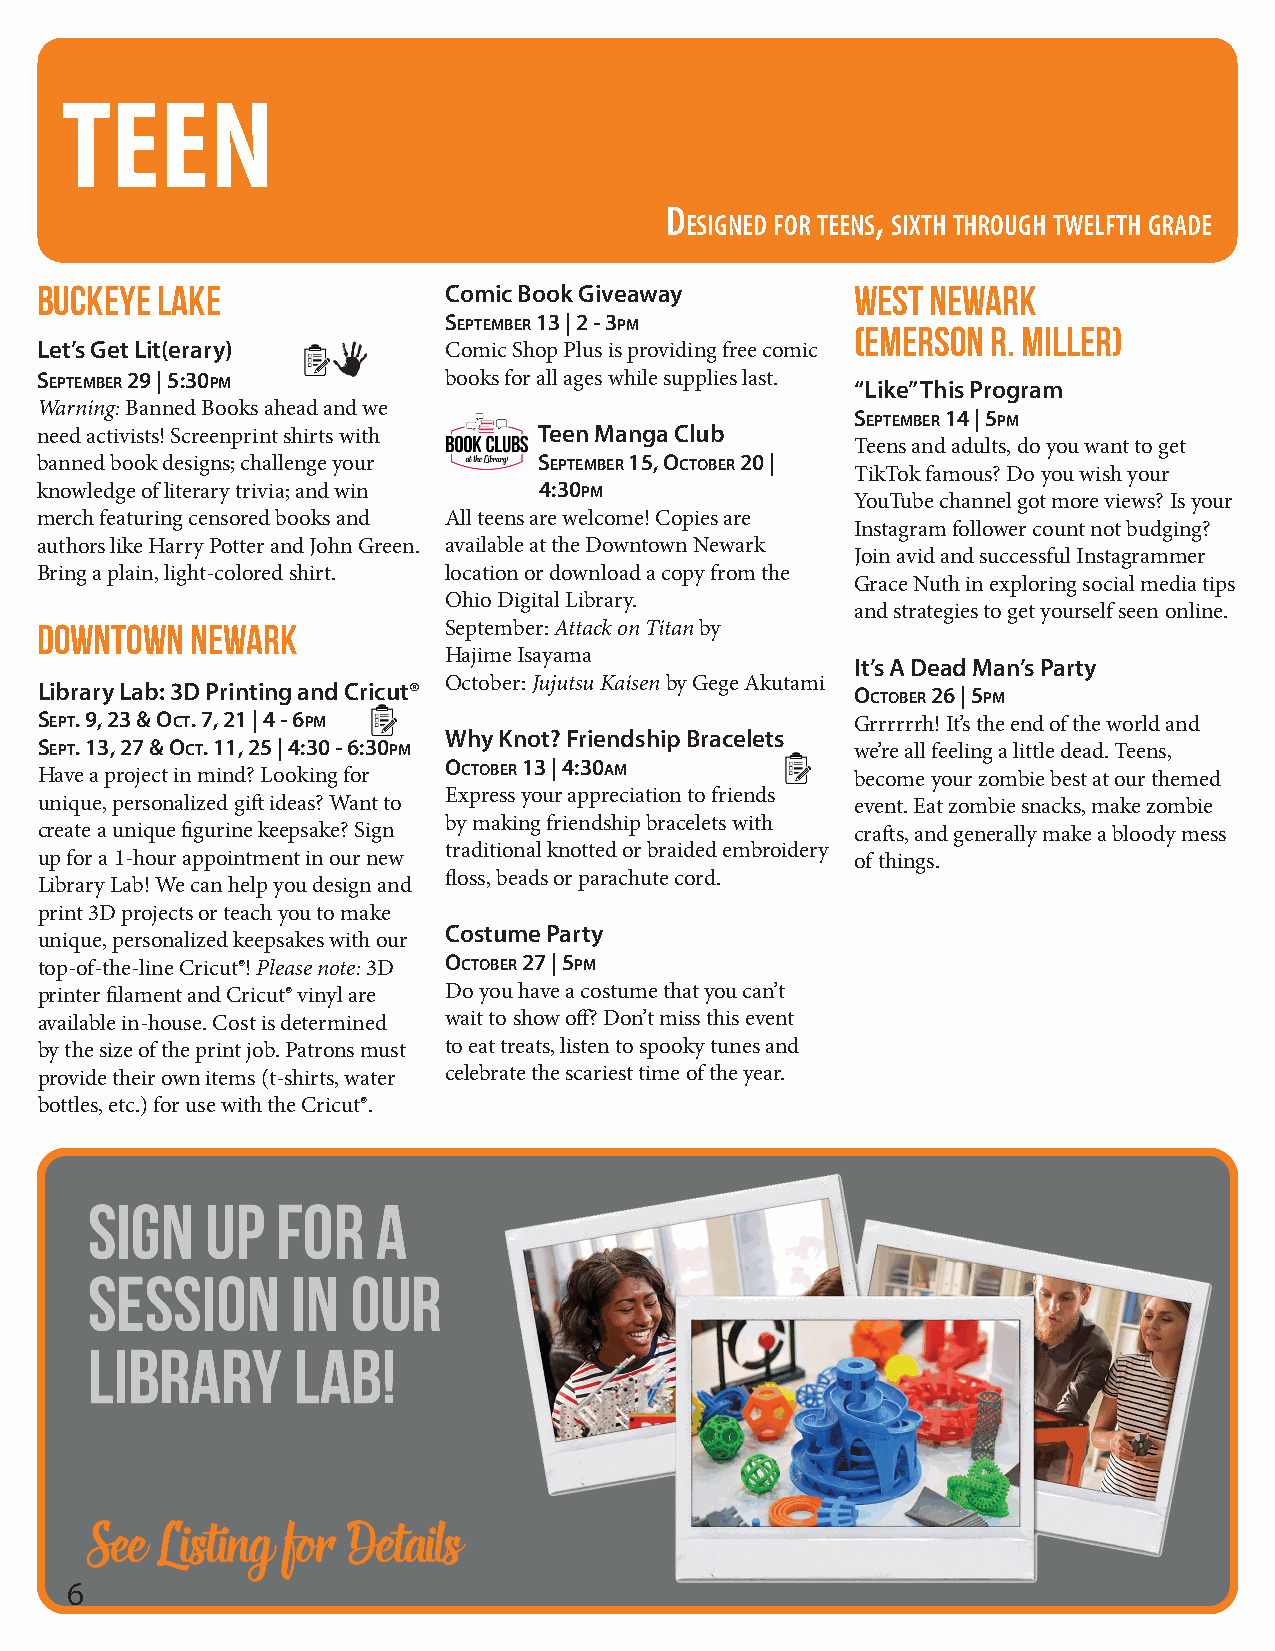
TEEN
 D             ,
 esigneD for teens sixth through twelfth graDe
 Buckeye Lake               Comic Book Giveaway         West Newark
 September 13 | 2 - 3pm
 (Emerson R. Miller)
 Let’s Get Lit(erary)       Comic Shop Plus is providing free comic
 September 29 | 5:30pm      books for all ages while supplies last.
 “Like” This Program
 Warning: Banned Books ahead and we
 September 14 | 5pm
 need activists! Screenprint shirts with Teen Manga Club
 Teens and adults, do you want to get
 banned book designs; challenge your September 15, OctOber 20 |
 TikTok famous? Do you wish your
 knowledge of literary trivia; and win 4:30pm
 YouTube channel got more views? Is your
 merch featuring censored books and All teens are welcome! Copies are
 Instagram follower count not budging?
 authors like Harry Potter and John Green. available at the Downtown Newark
 Join avid and successful Instagrammer
 Bring a plain, light-colored shirt. location or download a copy from the
 Grace Nuth in exploring social media tips
 Ohio Digital Library.
 and strategies to get yourself seen online.
 Downtown   Newark          September: Attack on Titan by
 Hajime Isayama
 It’s A Dead Man’s Party
 Library Lab: 3D Printing and Cricut® October: Jujutsu Kaisen by Gege Akutami OctOber 26 | 5pm
 Sept. 9, 23 & Oct. 7, 21 | 4 - 6pm
 Grrrrrrh! It’s the end of the world and
 Why Knot? Friendship Bracelets
 Sept. 13, 27 & Oct. 11, 25 | 4:30 - 6:30pm
 we’re all feeling a little dead. Teens,
 Have a project in mind? Looking for
 OctOber 13 | 4:30am
 become your zombie best at our themed
 Express your appreciation to friends
 unique, personalized gift ideas? Want to               event. Eat zombie snacks, make zombie
 by making friendship bracelets with
 create a unique figurine keepsake? Sign                crafts, and generally make a bloody mess
 traditional knotted or braided embroidery
 up for a 1-hour appointment in our new                 of things.
 floss, beads or parachute cord.
 Library Lab! We can help you design and
 print 3D projects or teach you to make
 Costume Party
 unique, personalized keepsakes with our
 top-of-the-line Cricut®! Please note: 3D
 OctOber 27 | 5pm
 printer filament and Cricut® vinyl are Do you have a costume that you can’t
 available in-house. Cost is determined wait to show off? Don’t miss this event
 by the size of the print job. Patrons must to eat treats, listen to spooky tunes and
 provide their own items (t-shirts, water celebrate the scariest time of the year.
 bottles, etc.) for use with the Cricut®.
 6